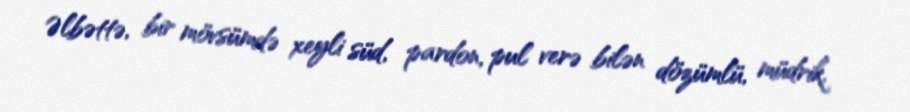
Əlbəttə, bir mövsümdə xeyli süd, pardon, pul verə bilən dözümlü, müdrik,